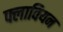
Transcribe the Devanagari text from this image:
फ्लावियन